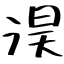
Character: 淏